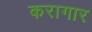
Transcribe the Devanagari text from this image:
करागार